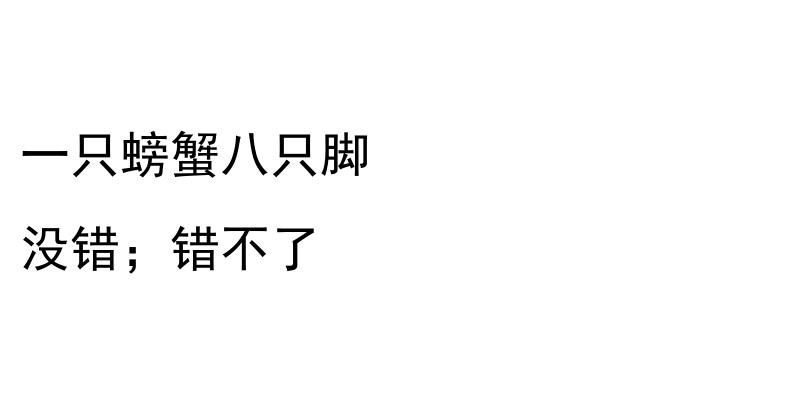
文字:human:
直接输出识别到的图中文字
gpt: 一只螃蟹八只脚 没错；错不了